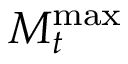
M _ { t } ^ { \mathrm { m a x } }